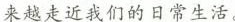
来越走近我们的日常生活。